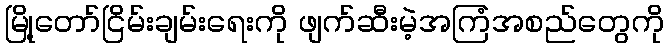
မြို့တော်ငြိမ်းချမ်းရေးကို ဖျက်ဆီးမဲ့အကြံအစည်တွေကို